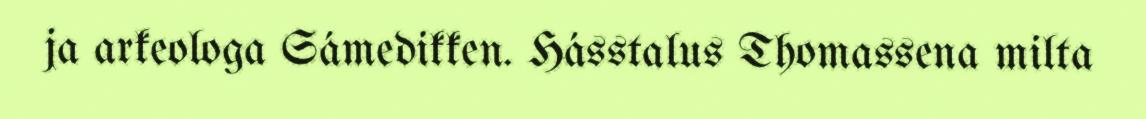
ja arkeologa Sámedikken. Hásstalus Thomassena milta